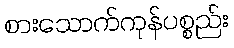
စားသောက်ကုန်ပစ္စည်း